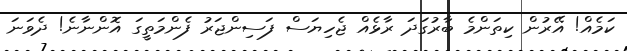
ކަމެއް! އޭރުން ކިތަންމެ ބާރުގަދަ ރާޅެއް ޖެހިޔަސް ފަސިންޖަރު ފެންމަތީގަ އޮންނާނެ! ދެވަނަ